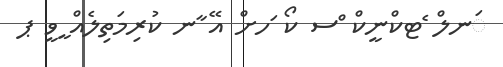
ަނލް ެޓކްނީކް ްސ ކޯ ަހށް އޭ ާނ ކުރިމަތިލެއް ީވީ ޕ